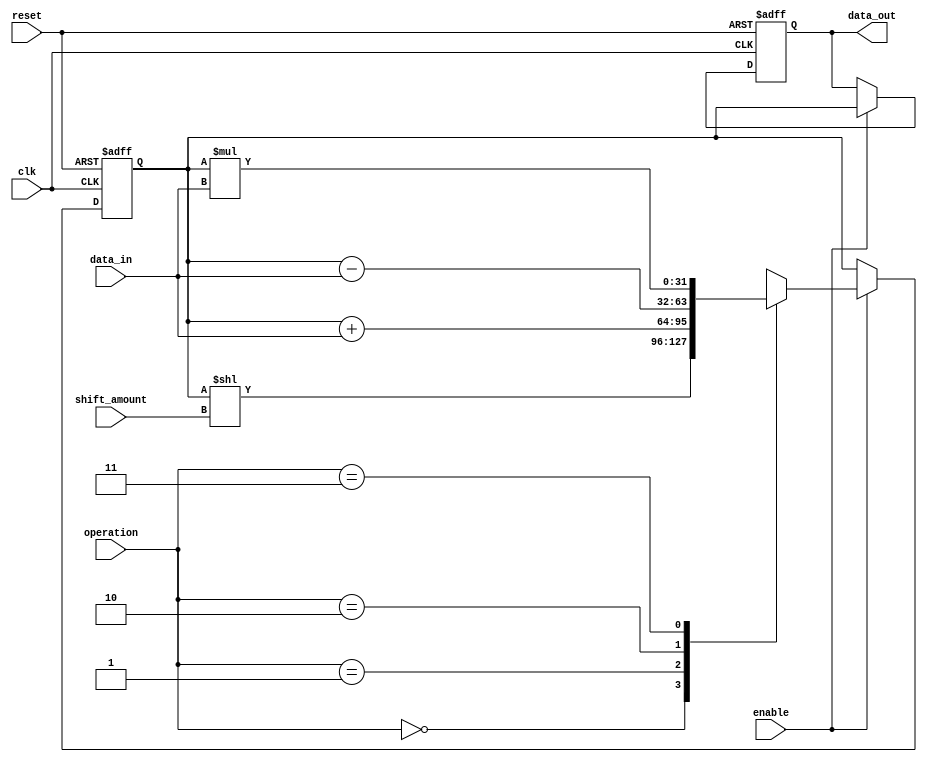
module LogarithmicShiftRegister #(
    parameter DATA_WIDTH = 32, // Default data width
    parameter LOG_WIDTH = 5     // Max log base 2 of DATA_WIDTH (for a 32-bit data width, max is 5)
)(
    input wire clk,
    input wire reset,
    input wire enable,
    input wire [DATA_WIDTH-1:0] data_in,
    input wire [LOG_WIDTH-1:0] shift_amount, // Logarithmic shift amount
    input wire [1:0] operation, // 00: Shift, 01: Add, 10: Subtract, 11: Multiply
    output reg [DATA_WIDTH-1:0] data_out
);

    // Internal registers
    reg [DATA_WIDTH-1:0] shift_reg;

    // Control logic for processing
    always @(posedge clk or posedge reset) begin
        if (reset) begin
            shift_reg <= 0;
            data_out <= 0;
        end else if (enable) begin
            case (operation)
                2'b00: begin // Logarithmic shift
                    // Perform logarithmic shift (<< operation)
                    shift_reg <= shift_reg << shift_amount;
                end
                2'b01: begin // Addition
                    shift_reg <= shift_reg + data_in;
                end
                2'b10: begin // Subtraction
                    shift_reg <= shift_reg - data_in;
                end
                2'b11: begin // Multiplication
                    shift_reg <= shift_reg * data_in;
                end
                default: begin
                    // No operation
                end
            endcase
            // Output the result
            data_out <= shift_reg;
        end
    end

endmodule